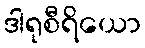
ဒါရုစီရိယော